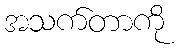
အသက်တာကို